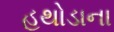
હથોડાના